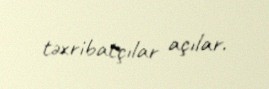
təxribatçılar açılar.